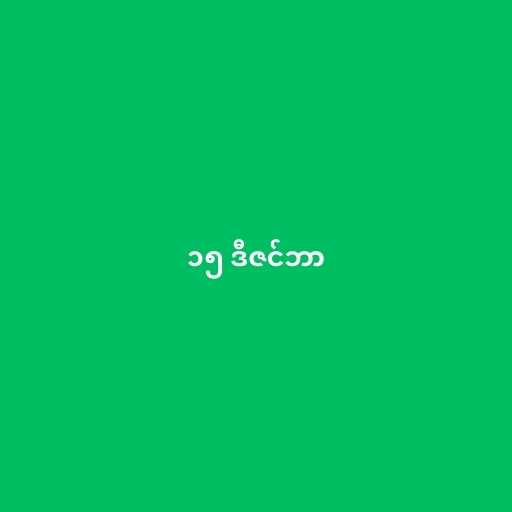
၁၅ ဒီဇင်ဘာ